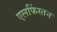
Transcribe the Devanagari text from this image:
एलफिंस्तन